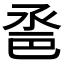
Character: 𢀿